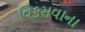
વિકસવાના